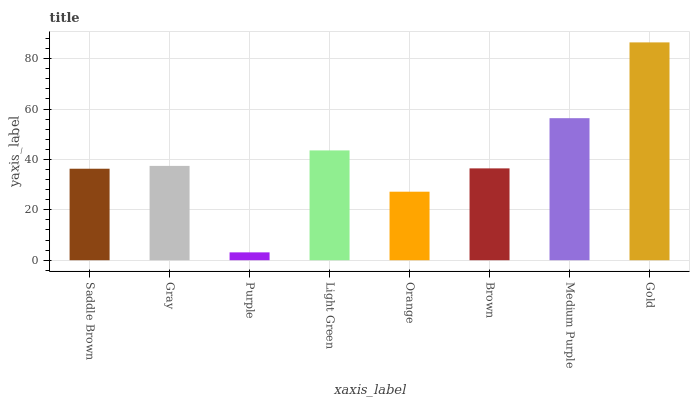
| xaxis_label | bars |
 | --- | --- |
 | Saddle Brown | 36.3 |
 | Gray | 37.4 |
 | Purple | 3.12 |
 | Light Green | 43.6 |
 | Orange | 27.2 |
 | Brown | 36.4 |
 | Medium Purple | 56.4 |
 | Gold | 86.4 |